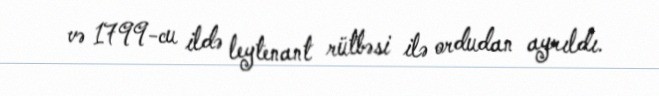
və 1799-cu ildə leytenant rütbəsi ilə ordudan ayrıldı.